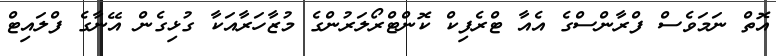
އޮތް ނަމަވެސް ފްރާންސްގެ އެއާ ޓްރެފިކް ކޮންޓްރޯލަރުންގެ މުޒާހަރާއަކާ ގުޅިގެން އޭނާގެ ފްލައިޓް